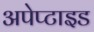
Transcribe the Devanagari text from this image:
अपेप्टाइड